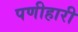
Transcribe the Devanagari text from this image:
पणीहारी